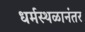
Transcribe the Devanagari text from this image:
धर्मस्थळानंतर